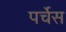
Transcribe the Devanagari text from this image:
पर्चेस